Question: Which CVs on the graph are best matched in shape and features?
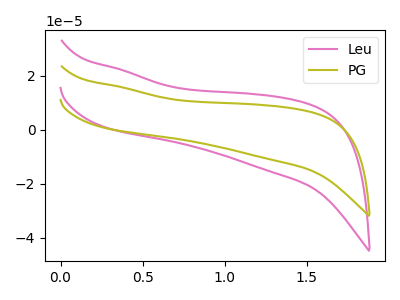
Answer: <think>The pink curve "Leu" has no peaks. The olive curve "PG" has no peaks.
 Neither "Leu" or "PG" have any peaks.</think>
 <answer>"Leu" and "PG" have the same shape and are likely CV's of the same chemical.</answer>
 <eval>"Leu" "PG"</eval>